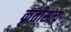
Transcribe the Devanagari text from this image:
कृतीसत्य